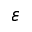
\varepsilon